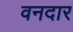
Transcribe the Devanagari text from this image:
वनदार